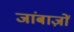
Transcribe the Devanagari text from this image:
जांबाज़ों